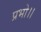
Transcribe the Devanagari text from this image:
प्रभो।।